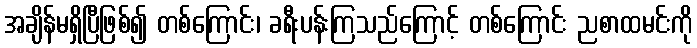
အချိန်မရှိပြီဖြစ်၍ တစ်ကြောင်း၊ ခရီးပန်းကြသည်ကြောင့် တစ်ကြောင်း ညစာထမင်းကို